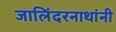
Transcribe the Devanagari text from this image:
जालिंदरनाथांनी